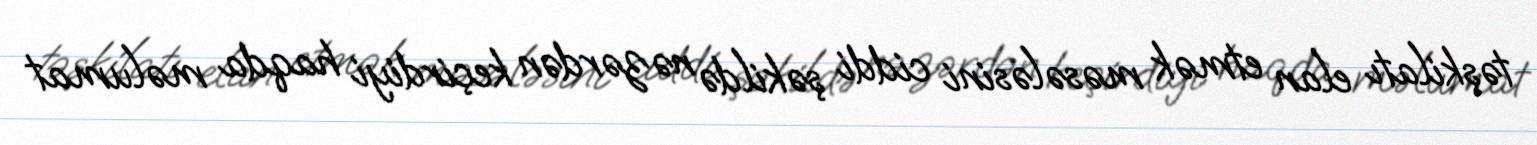
təşkilatı elan etmək məsələsini ciddi şəkildə nəzərdən keçirdiyi haqda məlumat